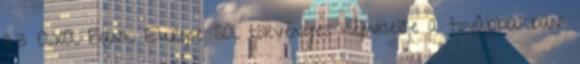
az AXA Bank Europe SA törvényes képviselője a továbbiakban: